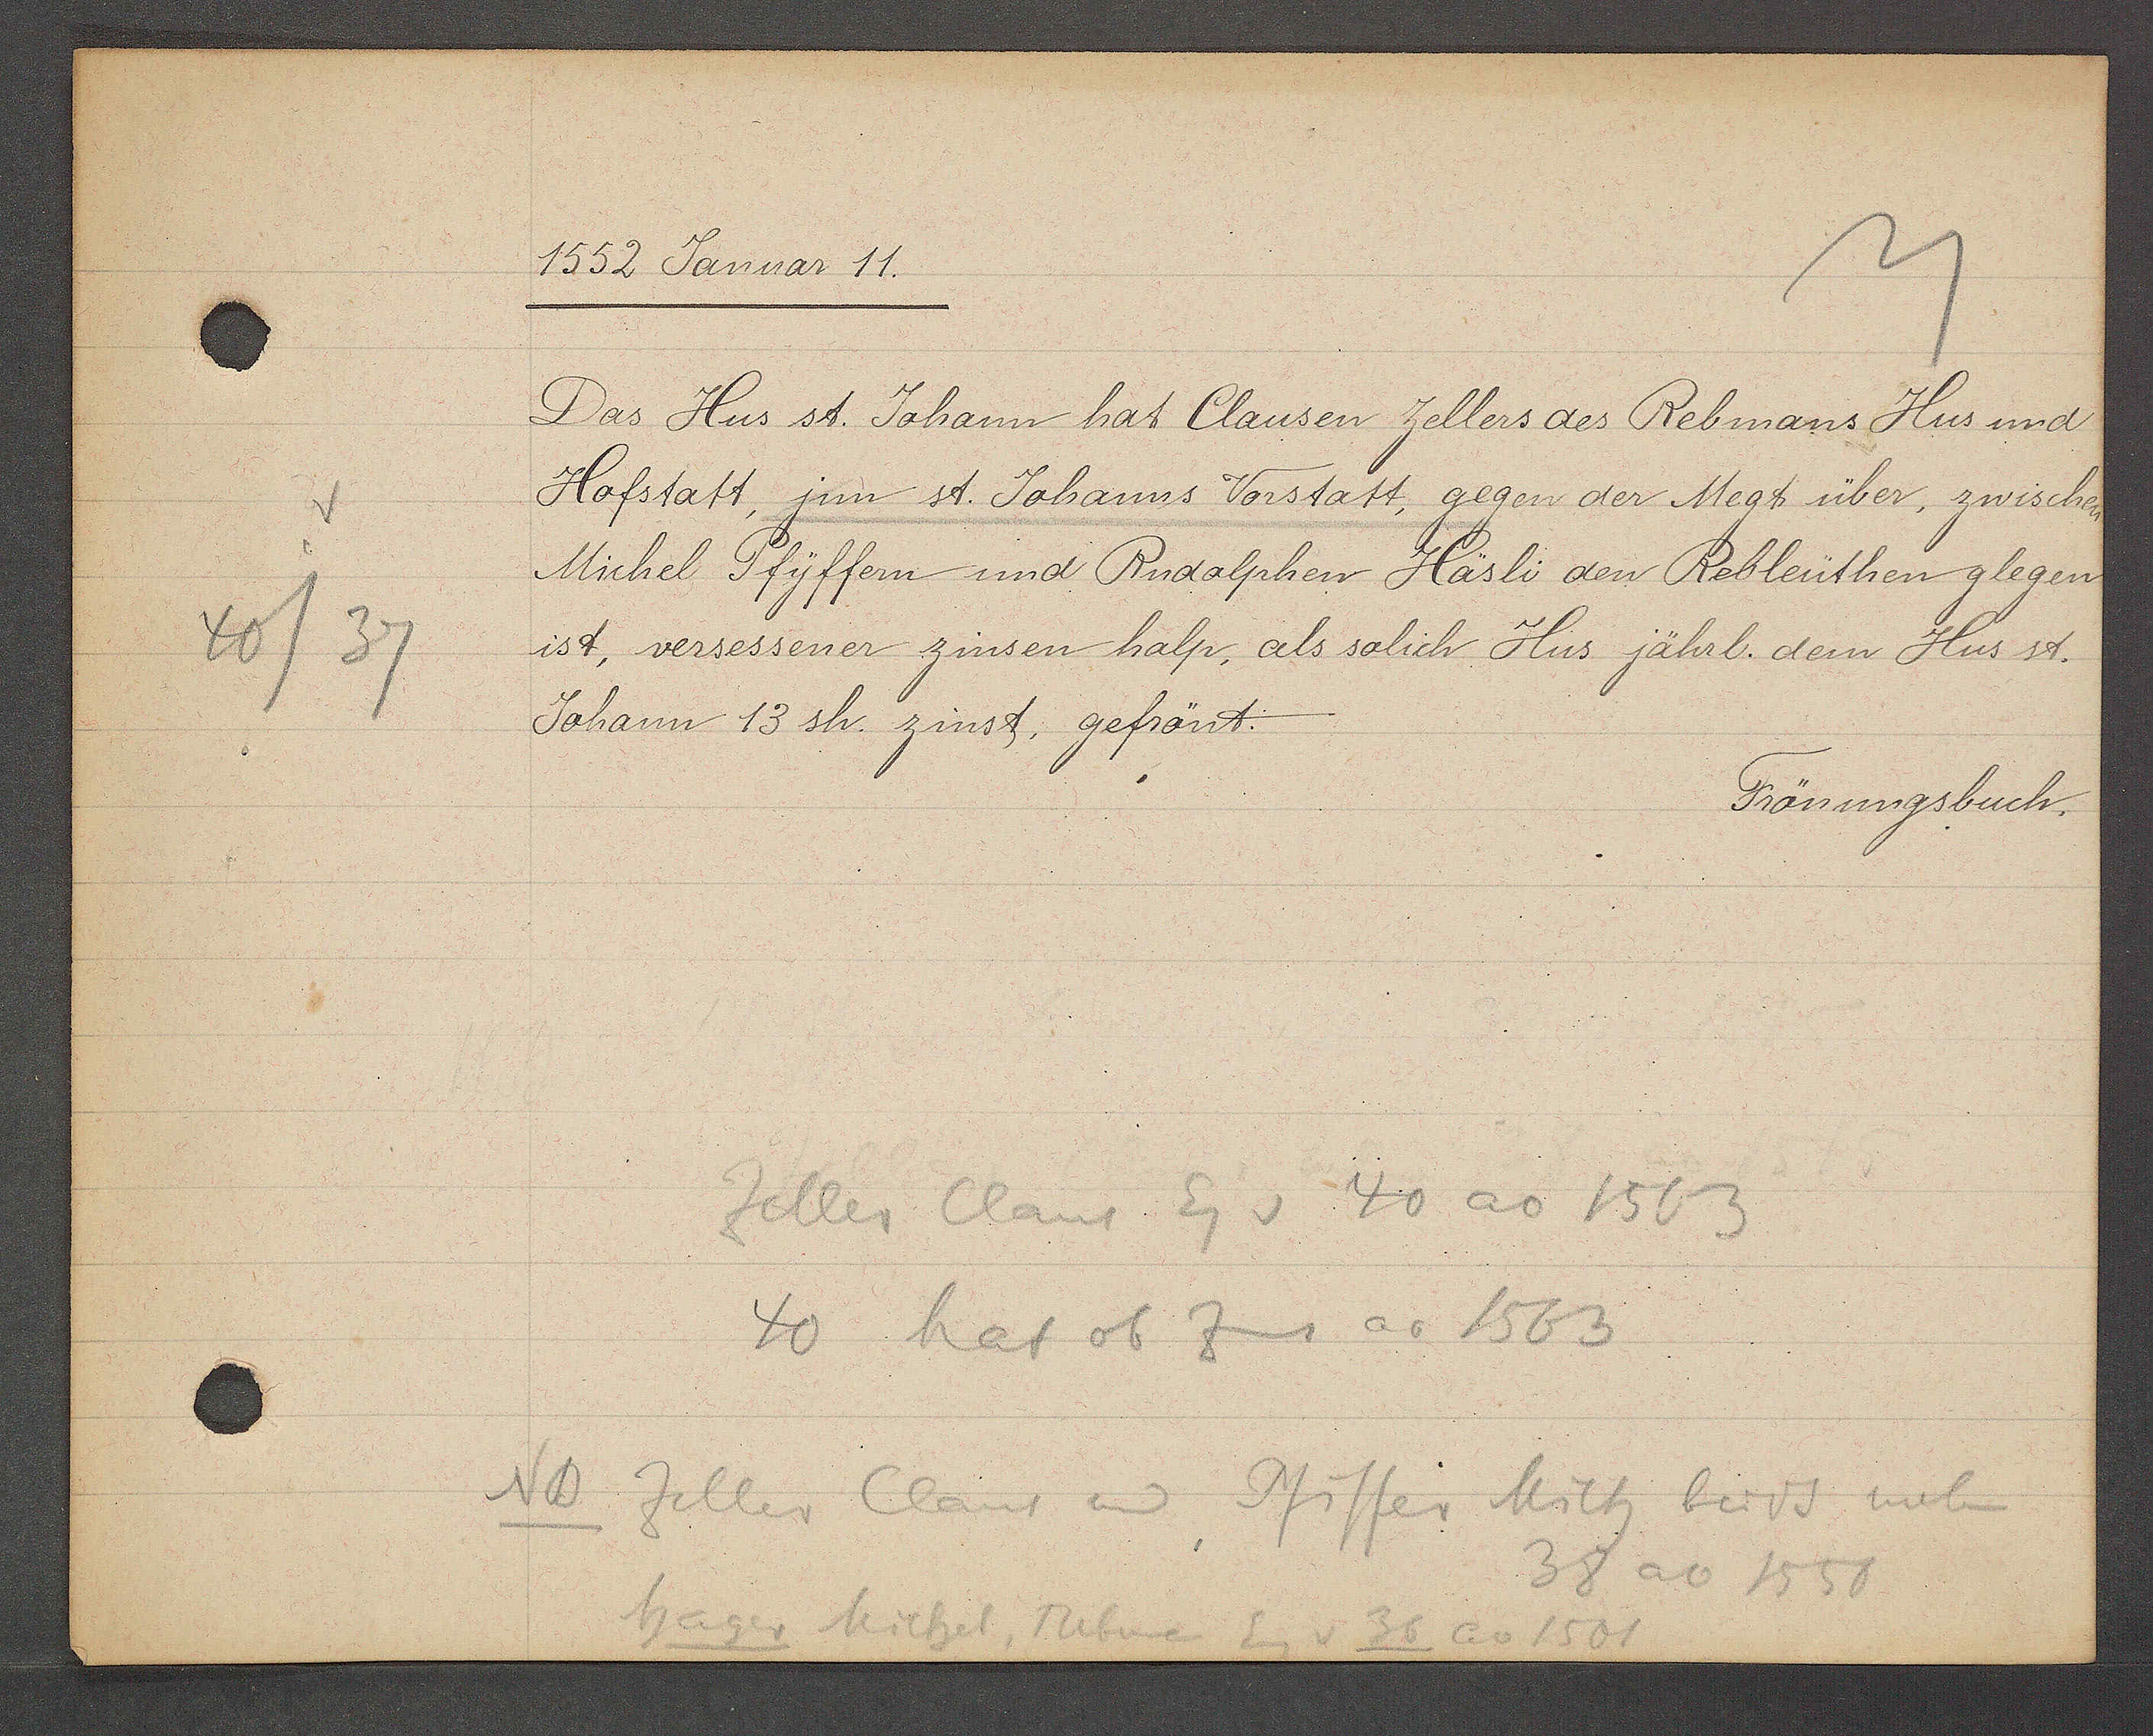
Transcript:
40/37

1552 Januar 11.

Das Hus st. Johann hat Clausen Zellers des Rebmans Hus und
Hofstatt, jnn st. Johanns Vorstatt, gegen der Megt über, zwischen
Michel Pfyffern und Rudolphen Häsli den Rebleuthen glegen
ist, versessener zinsen halp, als solich Hus jährl. dem Hus st.
Johann 13 sh. zinst, gefrönt.

Frönungsbuch.

Zoller Claus Eg v 40 ao 1563
40 hat ob Zins ao 1563
ND
Zeller Claus und Pfiffer Mich berds neben
38 ao 1558
hager Michel, Rebman
Eig v 36 ao 1501